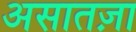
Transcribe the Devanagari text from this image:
असातज़ा